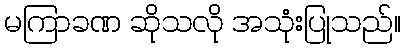
မကြာခဏ ဆိုသလို အသုံးပြုသည်။